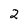
Character: 2